Leaving Certificate Examination (including Day School Certificate (Higher) General paper), 1927
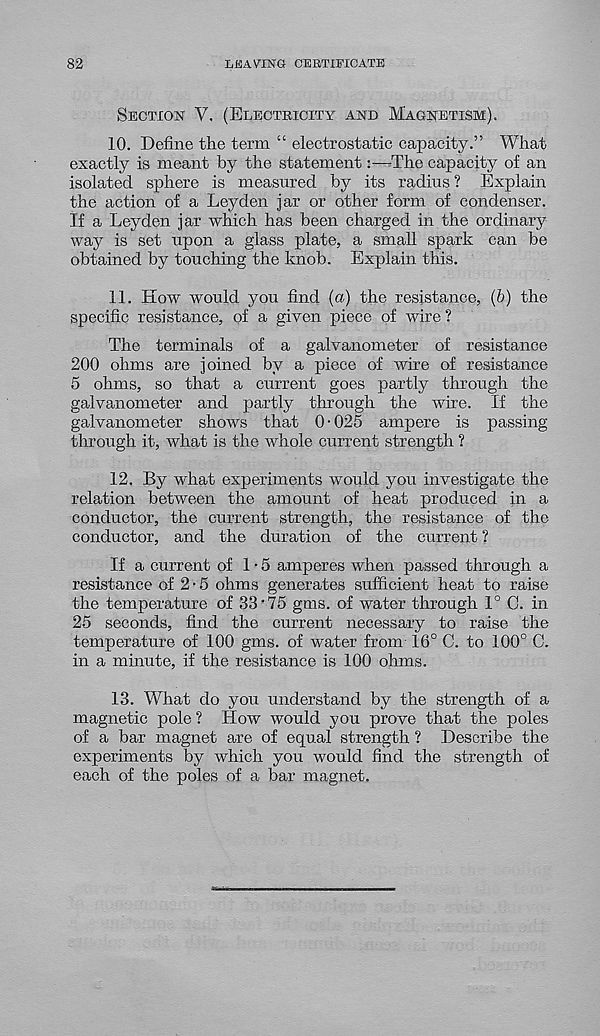
82
LEAVING CERTIFICATE
Section V. (Electricity and Magnetism),
10. Define the term “ electrostatic capacity.” What
exactly is meant by the statement:—The capacity of an
isolated sphere is measured by its radius ? Explain
the action of a Leyden jar or other form of condenser.
If a Leyden jar which has been charged in the ordinary
way is set upon a glass plate, a small spark can be
obtained by touching the knob. Explain this.
11. How would you find (a) the resistance, (b) the
specific resistance, of a given piece of wire ?
The terminals of a galvanometer of resistance
200 ohms are joined by a piece of wire of resistance
5 ohms, so that a current goes partly through the
galvanometer and partly through the wire. If the
galvanometer shows that 0-025 ampere is passing
through it, what is the whole current strength ?
12. By what experiments would you investigate the
relation between the amount of heat produced in a
conductor, the current strength, the resistance of the
conductor, and the duration of the current ?
If a current of 1-5 amperes when passed through a
resistance of 2 • 5 ohms generates sufficient heat to raise
the temperature of 33-75 gms. of water through 1° C. in
25 seconds, find the current necessary to raise the
temperature of 100 gms. of water from 16° C. to 100° C.
in a minute, if the resistance is 100 ohms.
13. What do you understand by the strength of a
magnetic pole ? How would you prove that the poles
of a bar magnet are of equal strength ? Describe the
experiments by which you would find the strength of
each of the poles of a bar magnet.